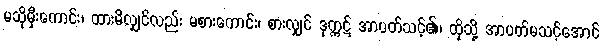
မသိုမှီးကောင်း၊ ထားမိလျှင်လည်း မစားကောင်း၊ စားလျှင် ဒုက္ကဋ် အာပတ်သင့်၏၊ ထိုသို့ အာပတ်မသင့်အောင်